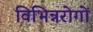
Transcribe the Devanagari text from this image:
विभिन्नरोगों